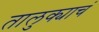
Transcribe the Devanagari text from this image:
तालुक्याचं